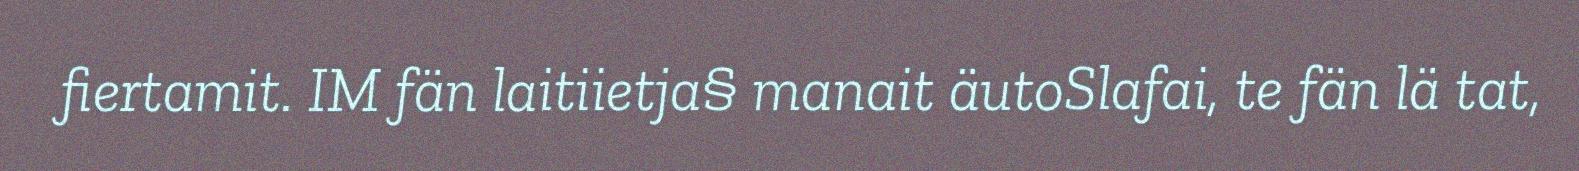
fiertamit. IM fän laitiietja§ manait äutoSlafai, te fän lä tat,